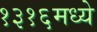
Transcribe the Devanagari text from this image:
१३१६मध्ये